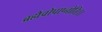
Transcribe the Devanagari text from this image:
ब्रह्मैवोपाप्नोति।।